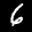
Label: 6